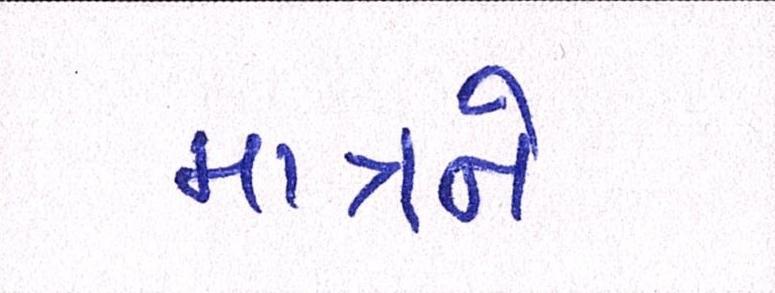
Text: માત્રને